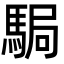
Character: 駶